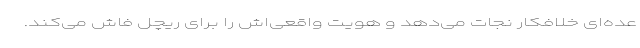
عده‌ای خلافکار نجات می‌دهد و هویت واقعی‌اش را برای ریچل فاش می‌کند.